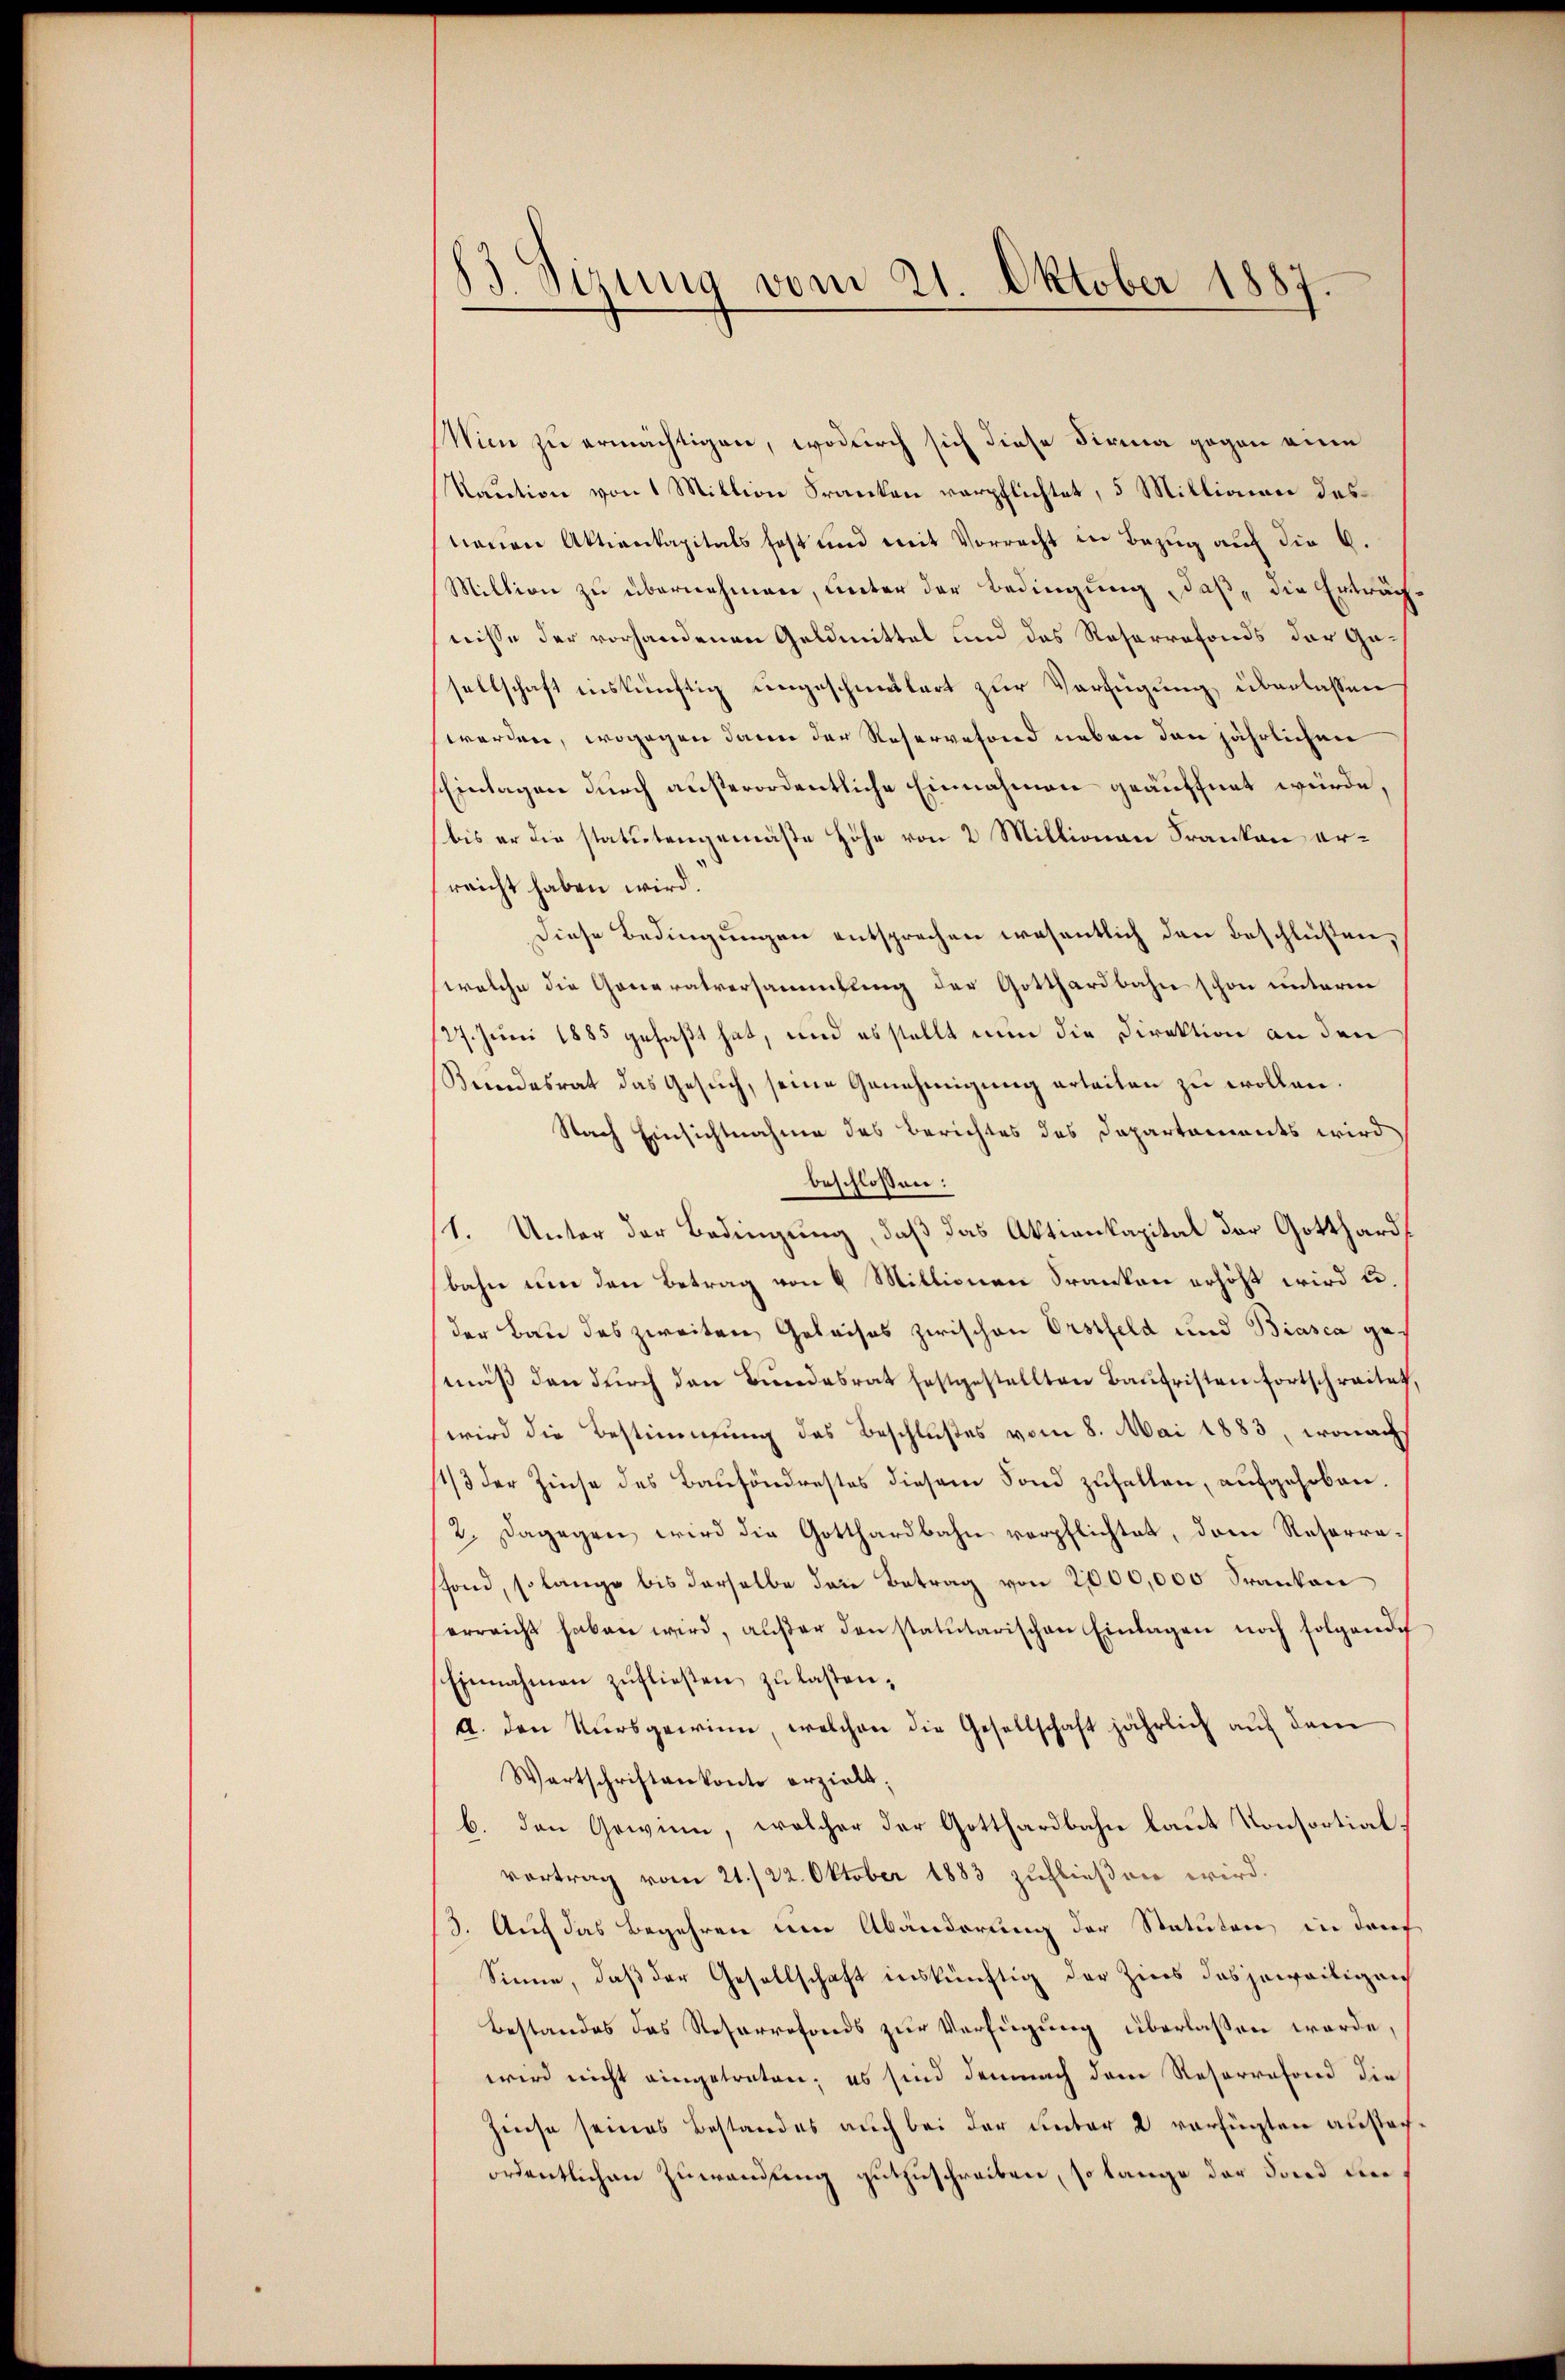
Sizung vom 21. Oktober 1887.

Wien zu ermächtigen, wodurch sich diese Firma gegen eine
Kaution von 1 Miktion Franken verpflichtet, 5 Millionen des
tauen Aktienkapitals fast und mit Vorrecht in Bezug auf die 6.
Miltion zu übernehmen, unter der Bedingung, daß, die Erträchnisse der vorhandenen Geldmittel und das Reserrefonds der Gesellschaft auskünftig ungeschmälert zur Verfügung überlassen
werden, wogegen dann der Reservefond neben den jährlichen
Einlagen durch außerordentliche Einnahmen geäuffnet würde,
bis er die statutengemäße Höhe von 2 Millionen Franken erreicht haben wird.
Diese Bedingungen entsprechen wesentlich den Beschlüßen,
welche die Generalversammlung der Gotthardbahn schon unterm
127. Juni 1885 gefaßt hat, und es stellt nun die Direktion an den
Beendesrat das Gesuch, seine Genehmigung erteilen zu wollen.
Nach Einsichtnahme des Berichtes des Departements wird
beschlossen:
1. Unter der Bedingung, daß das Aktienkapital der Gotthard
bahn um den Betrag von 8 Mittionen Franken erhöht wird u.
der Bau des zweiten Geleises zwischen Erstfeld und Biasca gemäß den durch den Bundesrat festgestellten Baufristen fortschreitet,
wird die Bestimmung des Beschlußes vom 8. Mai 1883, wonachs
11/3 der Zinse des Bausöndrestes diesem Fond zuhalten, aufgehoben.
2. Dagegen wird die Gotthardbahn verpflichtet, dem Resorrafond, so lange bis derselbe den Betrag von 2000,000 Frankon
erreicht haben wird, außer den statutarischen Einlagen noch folgende
Einnahmen zufließen zu lasten.
A. den Kursgewinn, welchen die Gesellschaft jährlich auf dem
Wartschriftenkonto erzielt;
b. den Gewinn, welcher der Gotthardbahn laut Konsortialvortrag vom 21./22. Oktober 1883 zufließen wird.
3. Auch das Begehren um Abänderung der Statuten in darf
Sinne, daß der Gesellschaft inskünftig der Zins das jeweiligen
Bestandes das Resarrefonds zur Verfügung überlassen werde,
wird nicht eingetreten; es sind demnach dem Reservefond die
Zinse seines Bestandes auch bei der unter 2 verfügten anstoch
ordentlichen Zuwendung gutzuschreiben, so lange der Fond de